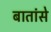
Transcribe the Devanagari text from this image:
बातांसे